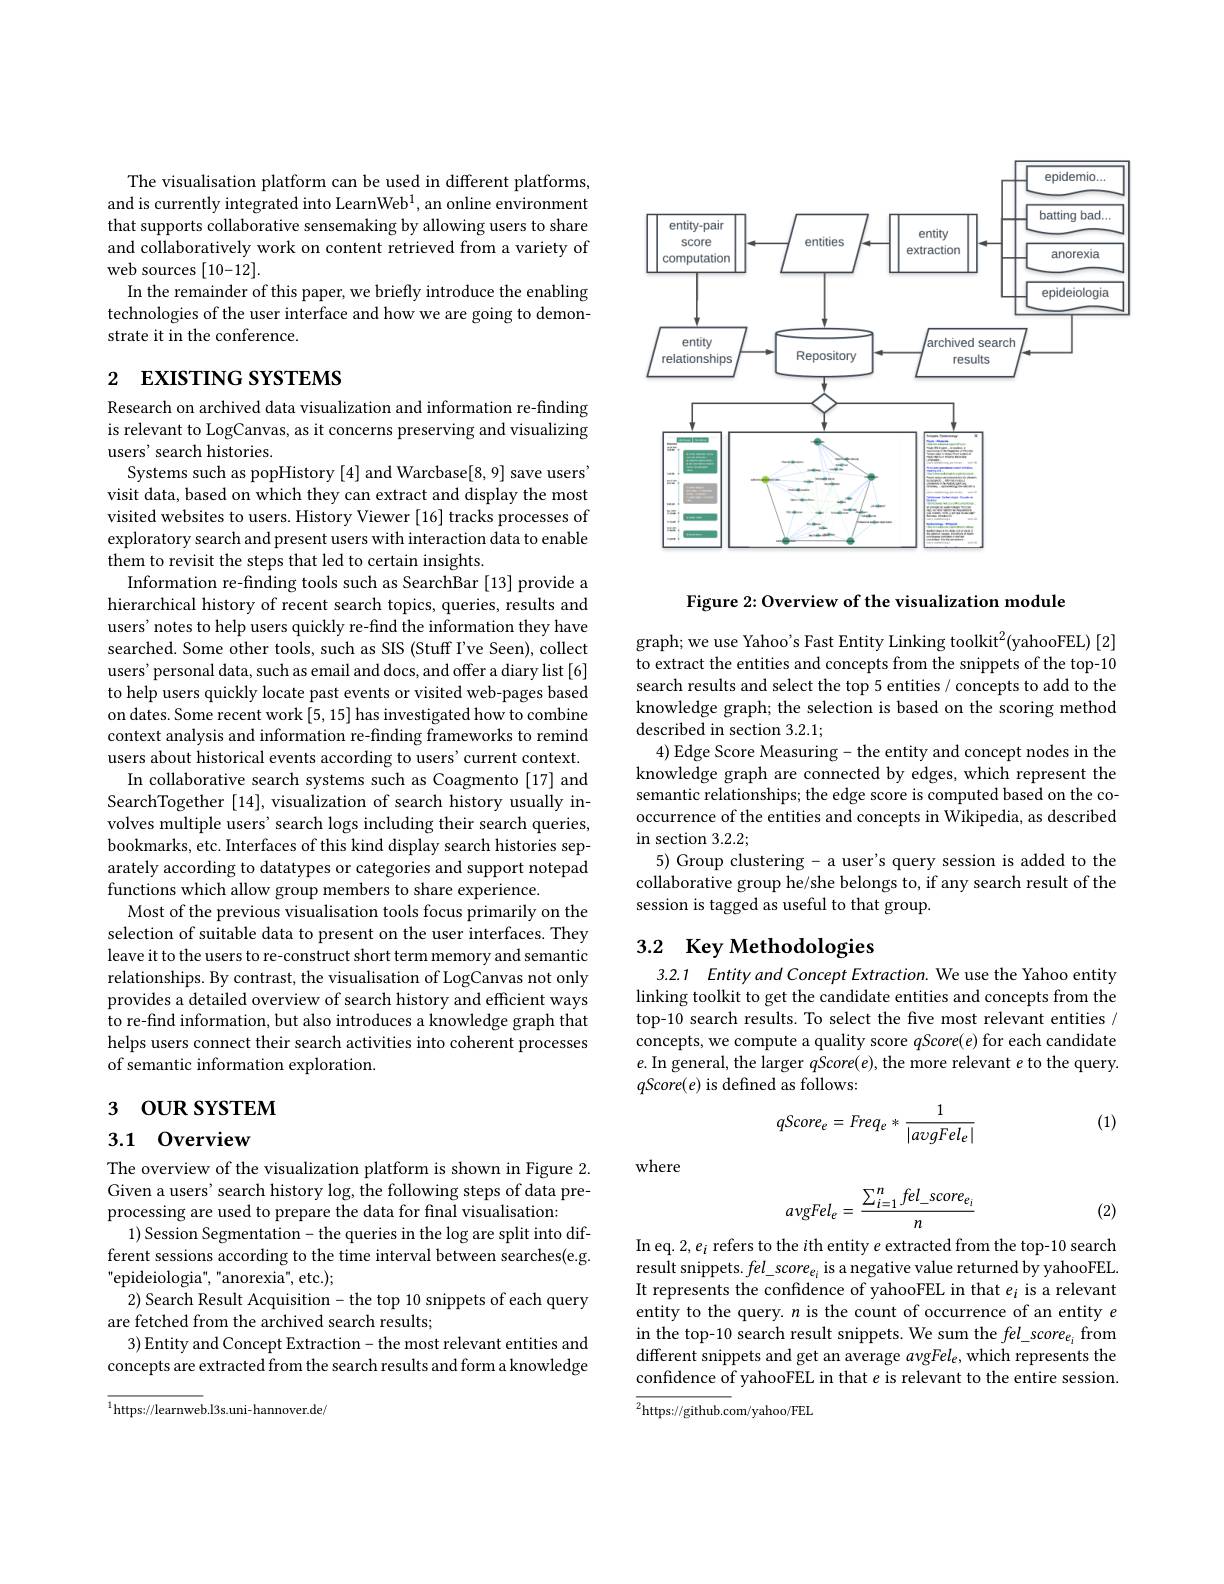
The visualisation platform can be used in different platforms, and is currently integrated into LearnWeb$^1$, an online environment that supports collaborative sensemaking by allowing users to share and collaboratively work on content retrieved from a variety of web sources [10-12].
In the remainder of this paper, we briefly introduce the enabling technologies of the user interface and how we are going to demonstrate it in the conference.

# 2 EXISTING SYSTEMS

Research on archived data visualization and information re-finding is relevant to LogCanvas, as it concerns preserving and visualizing users' search histories.
Systems such as popHistory [4] and Warcbase[8,9] save users' visit data, based on which they can extract and display the most visited websites to users. History Viewer [16] tracks processes of exploratory search and present users with interaction data to enable them to revisit the steps that led to certain insights.
Information re-finding tools such as SearchBar [13] provide a hierarchical history of recent search topics, queries, results and users' notes to help users quickly re-find the information they have searched. Some other tools, such as SIS (Stuff I've Seen), collect users'personal data, such as email and docs, and offer a diary list [6] to help users quickly locate past events or visited web-pages based on dates. Some recent work [5,15] has investigated how to combine context analysis and information re-finding frameworks to remind users about historical events according to users'current context.
In collaborative search systems such as Coagmento [17] and SearchTogether [14], visualization of search history usually involves multiple users' search logs including their search queries, bookmarks, etc. Interfaces of this kind display search histories separately according to datatypes or categories and support notepad functions which allow group members to share experience
Most of the previous visualisation tools focus primarily on the selection of suitable data to present on the user interfaces. They leave it to the users to re-construct short term memory and semantic relationships. By contrast, the visualisation of LogCanvas not only provides a detailed overview of search history and efficient ways to re-find information, but also introduces a knowledge graph that helps users connect their search activities into coherent processes of semantic information exploration.

# 3 OUR SYSTEM

3.1 0verview

The overview of the visualization platform is shown in Figure 2. Given a users' search history log, the following steps of data preprocessing are used to prepare the data for final visualisation:
1) Session Segmentation- the queries in the log are split into different sessions according to the time interval between searches(e.g. " epideiologia" , " anorexia" , etc. ) ;
2) Search Result Acquisition- the top 10 snippets of each query
are fetched from the archived search results;
3)Entity and Concept Extraction- the most relevant entities and concepts are extracted from the search results and form a knowledge

$^{1}$https://learnweb.l3s.uni-hannover.de/

<FigureHere>

Figure 2: Overview of the visualization module

graph; we use Yahoo's Fast Entity Linking toolkit$^2($yahooFEL) [2] to extract the entities and concepts from the snippets of the top-10 search results and select the top 5 entities / concepts to add to the knowledge graph; the selection is based on the scoring method described in section 3.2.1;
4) Edge Score Measuring- the entity and concept nodes in the knowledge graph are connected by edges, which represent the semantic relationships; the edge score is computed based on the cooccurrence of the entities and concepts in Wikipedia, as described in section 3.2.2;
5) Group clustering- a user's query session is added to the collaborative group he/she belongs to, if any search result of the session is tagged as useful to that group.

## 3.2 Key Methodologies

3.2.1 Entity and Concept Extraction. We use the Yahoo entity linking toolkit to get the candidate entities and concepts from the top-10 search results. To select the five most relevant entities / concepts, we compute a quality score $qScore(e)$ for each candidate $e.$ In general, the larger $qScore(e)$, the more relevant $e$ to the query. $qScore(e)$ is defined as follows:

(1)
$$qScore_e=Freq_e*\frac{1}{|a\upsilon gFel_e|}$$
where
$$avgFel_e=\frac{\sum_{i=1}^nfel_-score_{e_i}}{n}$$
(2)

In eq. 2, ei refers to the ith entity e extracted from the top-10 search result snippets. $fel\_score_{e_{i}}$ is a negative value returned by yahooFEL It represents the confidence of yahooFEL in that $e_i$ is a relevant entity to the query. $n$ is the count of occurrence of an entity $e$ in the top-10 search result snippets. We sum the fel\_score$e_{i}$ from different snippets and get an average $av$gFel$_e$,which represents the confidence of yahooFEL in that $e$ is relevant to the entire session. $\overline{^2\text{https://github.c}}$om/yahoo/FEL